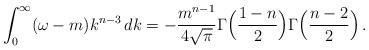
LaTeX: \begin{align*}\int_0^\infty (\omega - m) k^{n-3} \, dk = - \frac{m^{n-1}}{4 \sqrt{\pi}}\Gamma\Bigl(\frac{1-n}{2}\Bigr) \Gamma\Bigl(\frac{n-2}{2}\Bigr)\, .\end{align*}